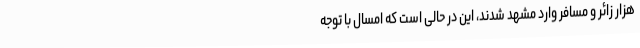
هزار زائر و مسافر وارد مشهد شدند، این در حالی است که امسال با توجه